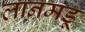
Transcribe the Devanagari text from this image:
लानमडू